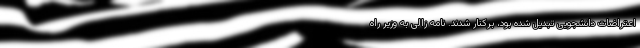
اعتراضات دانشجویی تبدیل شده بود، برکنار شدند. نامه زالی به وزیر راه